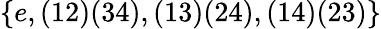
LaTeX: \{ e,(12)(34),(13)(24),(14)(23)\}